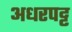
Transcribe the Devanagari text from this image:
अधरपट्ट